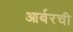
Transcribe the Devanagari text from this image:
आर्बरची